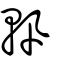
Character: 軐